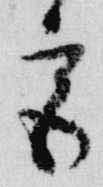
宮